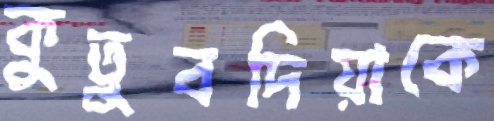
কুতুবদিয়াকে